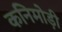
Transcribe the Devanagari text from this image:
कनिमोड़ी